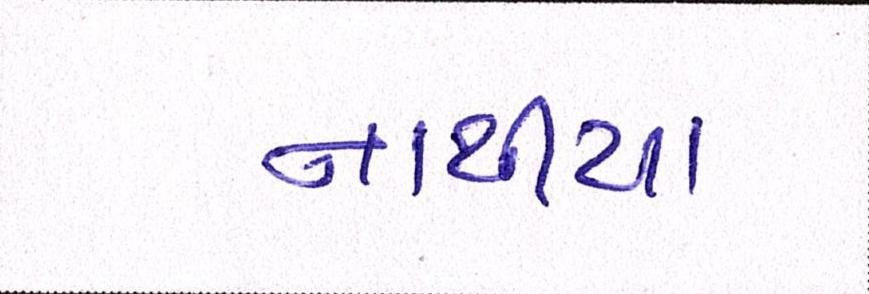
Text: નાથીયા